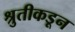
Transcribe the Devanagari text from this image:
श्रुतीकडून